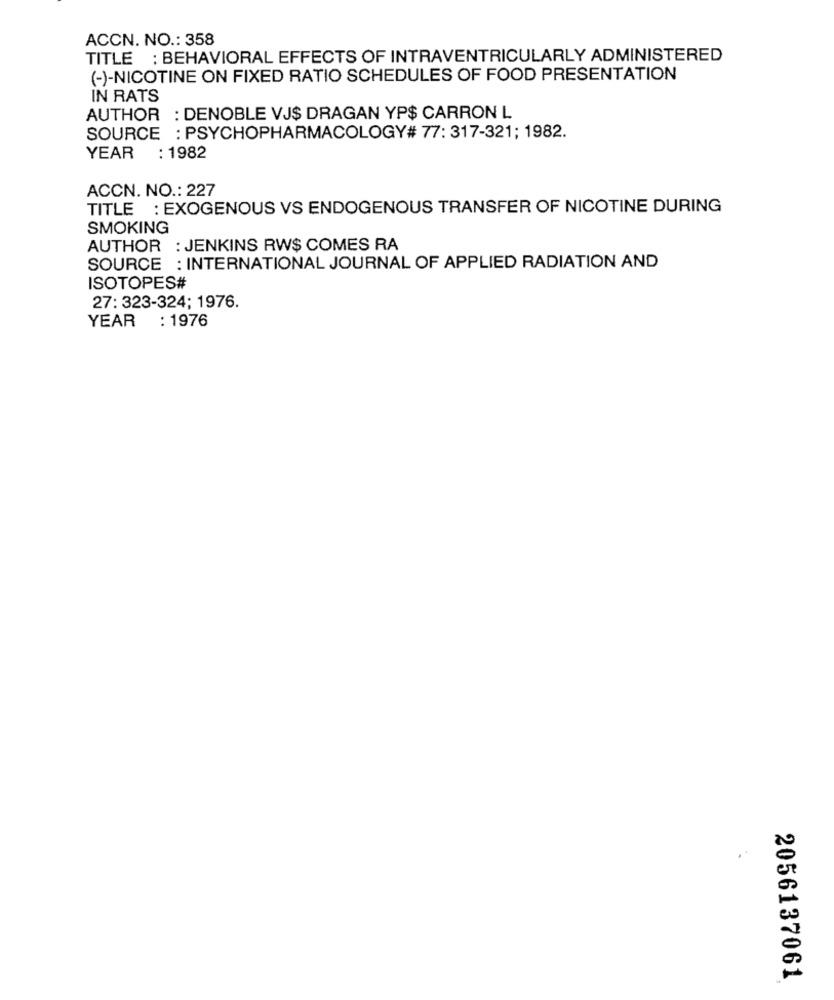
ACCN. NO .: 358
TITLE : BEHAVIORAL EFFECTS OF INTRAVENTRICULARLY ADMINISTERED
(-)-NICOTINE ON FIXED RATIO SCHEDULES OF FOOD PRESENTATION
IN RATS
AUTHOR : DENOBLE VJ$ DRAGAN YP$ CARRON L
SOURCE : PSYCHOPHARMACOLOGY# 77: 317-321; 1982.
YEAR : 1982
ACCN. NO .: 227
TITLE : EXOGENOUS VS ENDOGENOUS TRANSFER OF NICOTINE DURING
SMOKING
AUTHOR : JENKINS RW$ COMES RA
SOURCE : INTERNATIONAL JOURNAL OF APPLIED RADIATION AND
ISOTOPES#
27: 323-324; 1976.
YEAR
: 1976
2056137061